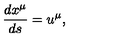
\frac { d x ^ { \mu } } { d s } = u ^ { \mu } ,